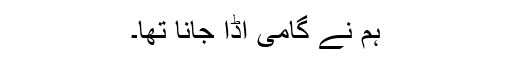
ہم نے گامی اڈا جانا تھا۔